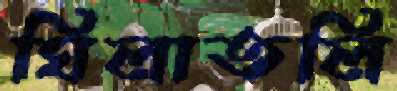
ঘিলাতলি